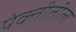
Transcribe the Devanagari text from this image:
पंक्तीतील